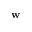
\mathbf { w }